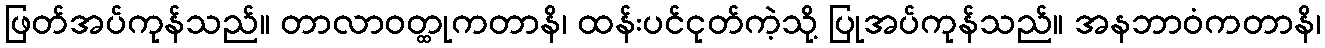
ဖြတ်အပ်ကုန်သည်။ တာလာဝတ္ထုကတာနိ၊ ထန်းပင်ငုတ်ကဲ့သို့ ပြုအပ်ကုန်သည်။ အနဘာဝံကတာနိ၊